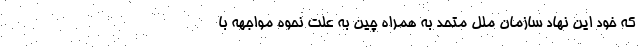
که خود این نهاد سازمان ملل متحد به همراه چین به علت نحوه مواجهه با